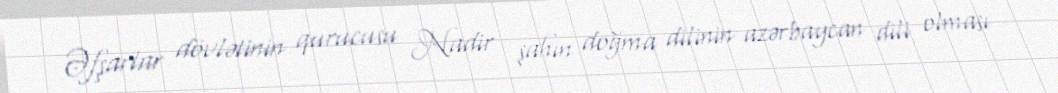
Əfşarlar dövlətinin qurucusu Nadir şahın doğma dilinin azərbaycan dili olması